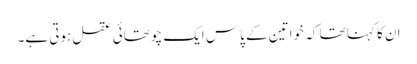
ان کا کہنا تھا کہ خواتین کے پاس ایک چوتھائی عقل ہوتی ہے۔